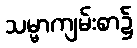
သမ္မာကျမ်းစာ၌